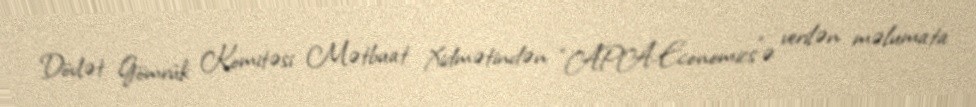
Dövlət Gömrük Komitəsi Mətbuat Xidmətindən “APA-Economics”ə verilən məlumata